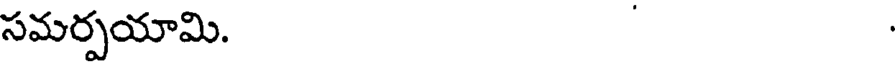
సమర్పయామి.